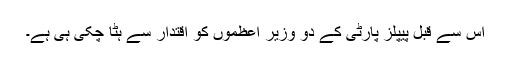
اس سے قبل پیپلز پارٹی کے دو وزیر اعظموں کو اقتدار سے ہٹا چکی ہی ہے۔